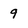
Character: 9